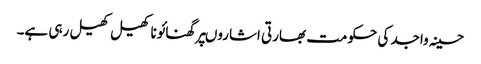
حسینہ واجد کی حکومت بھارتی اشاروںپرگھنائوناکھیل کھیل رہی ہے۔